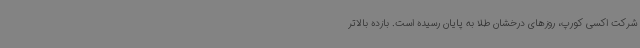
شرکت اکسی کورپ، روزهای درخشان طلا به پایان رسیده است. بازده بالاتر